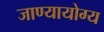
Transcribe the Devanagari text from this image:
जाण्यायोग्य